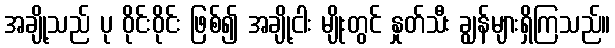
အချို့သည် ပု ဝိုင်းဝိုင်း ဖြစ်၍ အချို့ငါး မျိုးတွင် နှုတ်သီး ချွန်များရှိကြသည်။